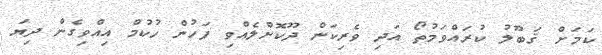
ކަމަށް ޤަބޫލު ކުރައްވަމުތޯ އަދި ވެރިކަން ދޫކޮށްލެއްވި ފަހުން ހުކުމް އިއްވިގެން ދިޔަ